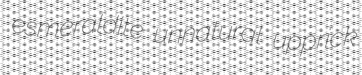
esmeraldite unnatural upprick